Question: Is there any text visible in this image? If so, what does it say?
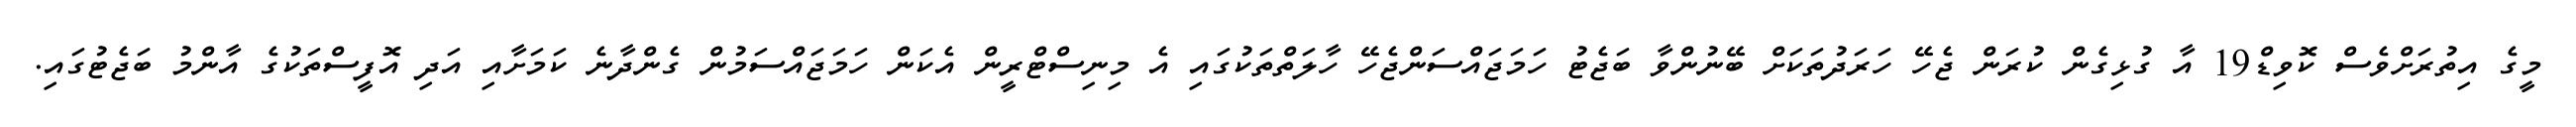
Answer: މީގެ އިތުރަށްވެސް ކޮވިޑް19 އާ ގުޅިގެން ކުރަން ޖެހޭ ހަރަދުތަކަށް ބޭނުންވާ ބަޖެޓު ހަމަޖައްސަންޖެހޭ ހާލަތްތަކުގައި އެ މިނިސްޓްރީން އެކަން ހަމަޖައްސަމުން ގެންދާނެ ކަމަށާއި އަދި އޮފީސްތަކުގެ އާންމު ބަޖެޓުގައި.